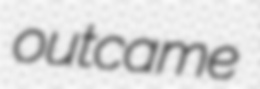
outcame